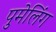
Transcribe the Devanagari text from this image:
पुमेलिंग